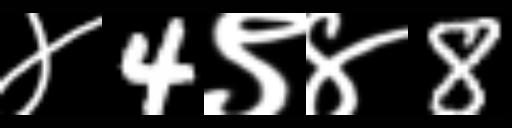
Text: ४4९४8